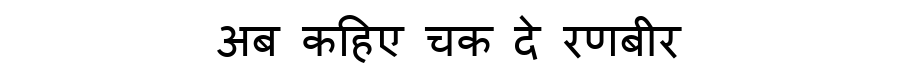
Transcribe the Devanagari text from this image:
अब कहिए चक दे रणबीर